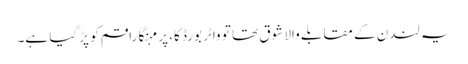
یہ لندن کے مقابلے والا شوق تھا تو واٹر بورڈ کا، پر مہنگا راقم کو پڑ گیا ہے۔